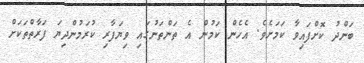
ބަންދު ކޮށްފައިވާ ކަމަށެވެ. އެހެން ކަމުން އެ ތަންތަނުގައި ވިޔަފާރި ކުރަމުންދިޔަ ފަރާތްތަކަށް